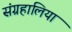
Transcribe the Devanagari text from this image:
संग्रहालिया